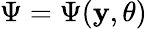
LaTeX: \Psi=\Psi(\mathbf{y},\theta)